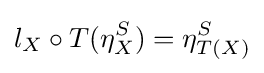
l_{X}\circ T(\eta _{X}^{S})=\eta _{T(X)}^{S}